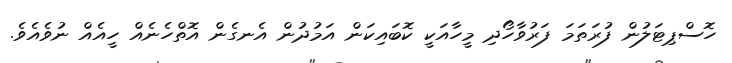
ހޮސްޕިޓަލުން ފުރަތަމަ ފަރުވާހޯދި މީހާއަކީ ކޮބައިކަން އަމުދުން އެނގެން އޮތްހެނެއް ހީއެއް ނުވެއެވެ.